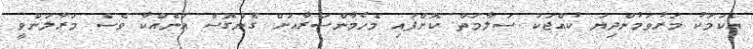
އެކަމަކު މަރުވަމުންދިޔަ ކުއްޖަކު ސަލާމަތް ކޮށްފައި މެހެމާންސަރާއަށް ގެންގޮސް އަނެއްކާ ވެސް މަރާލަންވީ